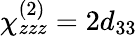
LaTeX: \chi_{zzz}^{(2)}=2d_{33}